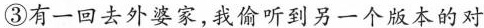
③有一回去外婆家,我偷听到另一个版本的对